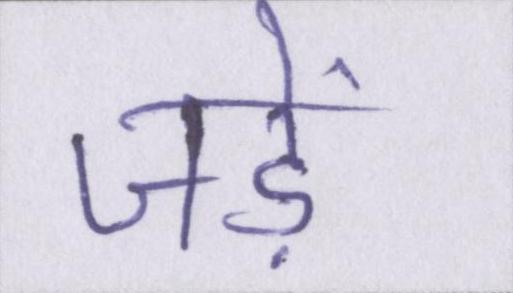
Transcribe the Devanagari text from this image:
जड़ें